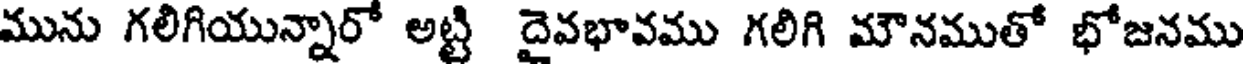
మును గలిగియున్నారో అట్టి దైవభావము గలిగి మౌనముతో భోజనము